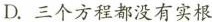
D.三个方程都没有实根